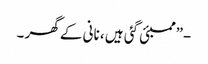
-”ممبئی گئی ہیں ، نانی کے گھر ۔